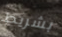
بشريط